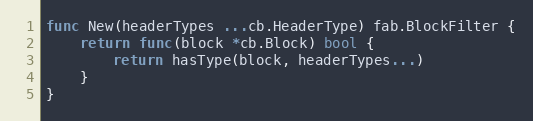
Language: Go
func New(headerTypes ...cb.HeaderType) fab.BlockFilter {
	return func(block *cb.Block) bool {
		return hasType(block, headerTypes...)
	}
}